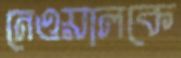
নেওয়ালকে